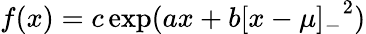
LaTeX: f(x)=c\exp(ax+b{[x-\mu]_{-}}^{2})